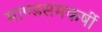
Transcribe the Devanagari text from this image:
माण्डसमकर्षी